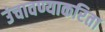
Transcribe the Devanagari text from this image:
उंचावण्याकरिता